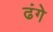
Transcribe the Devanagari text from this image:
ढंगे